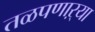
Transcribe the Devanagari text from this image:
तळपणाऱ्या